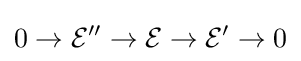
0\to {\mathcal {E}}''\to {\mathcal {E}}\to {\mathcal {E}}'\to 0